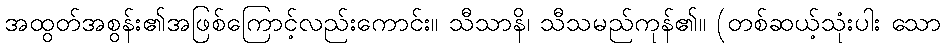
အထွတ်အစွန်း၏အဖြစ်ကြောင့်လည်းကောင်း။ သီသာနိ၊ သီသမည်ကုန်၏။ (တစ်ဆယ့်သုံးပါး သော